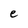
Character: e